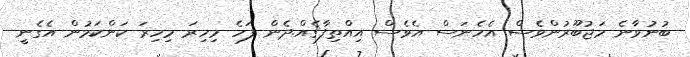
ބުނުވާނެ މަޖުބޫރުންވެސް އެހެނަސް އެވެސް އިއްތިފާޤެއް.ދެން ފަހެ މިހިރަ މިހިރަ ކަންކަމުން އެގެނީ